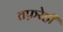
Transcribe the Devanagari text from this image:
तफ़रेही